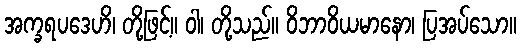
အက္ခရပဒေဟိ၊ တို့ဖြင့်။ ဝါ၊ တို့သည်။ ဝိဘာဝိယမာနော၊ ပြအပ်သော။